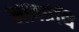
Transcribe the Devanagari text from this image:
भावग्रंथि